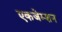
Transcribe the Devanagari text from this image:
एकजेम्शन